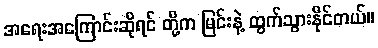
အရေးအကြောင်းဆိုရင် တို့က မြင်းနဲ့ ထွက်သွားနိုင်တယ်။